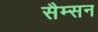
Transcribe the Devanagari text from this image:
सैम्सन